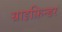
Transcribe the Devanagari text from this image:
ग्राइफ़िन्डर